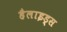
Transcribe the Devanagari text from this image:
हैलाइड्स